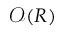
\mathcal O ( R )